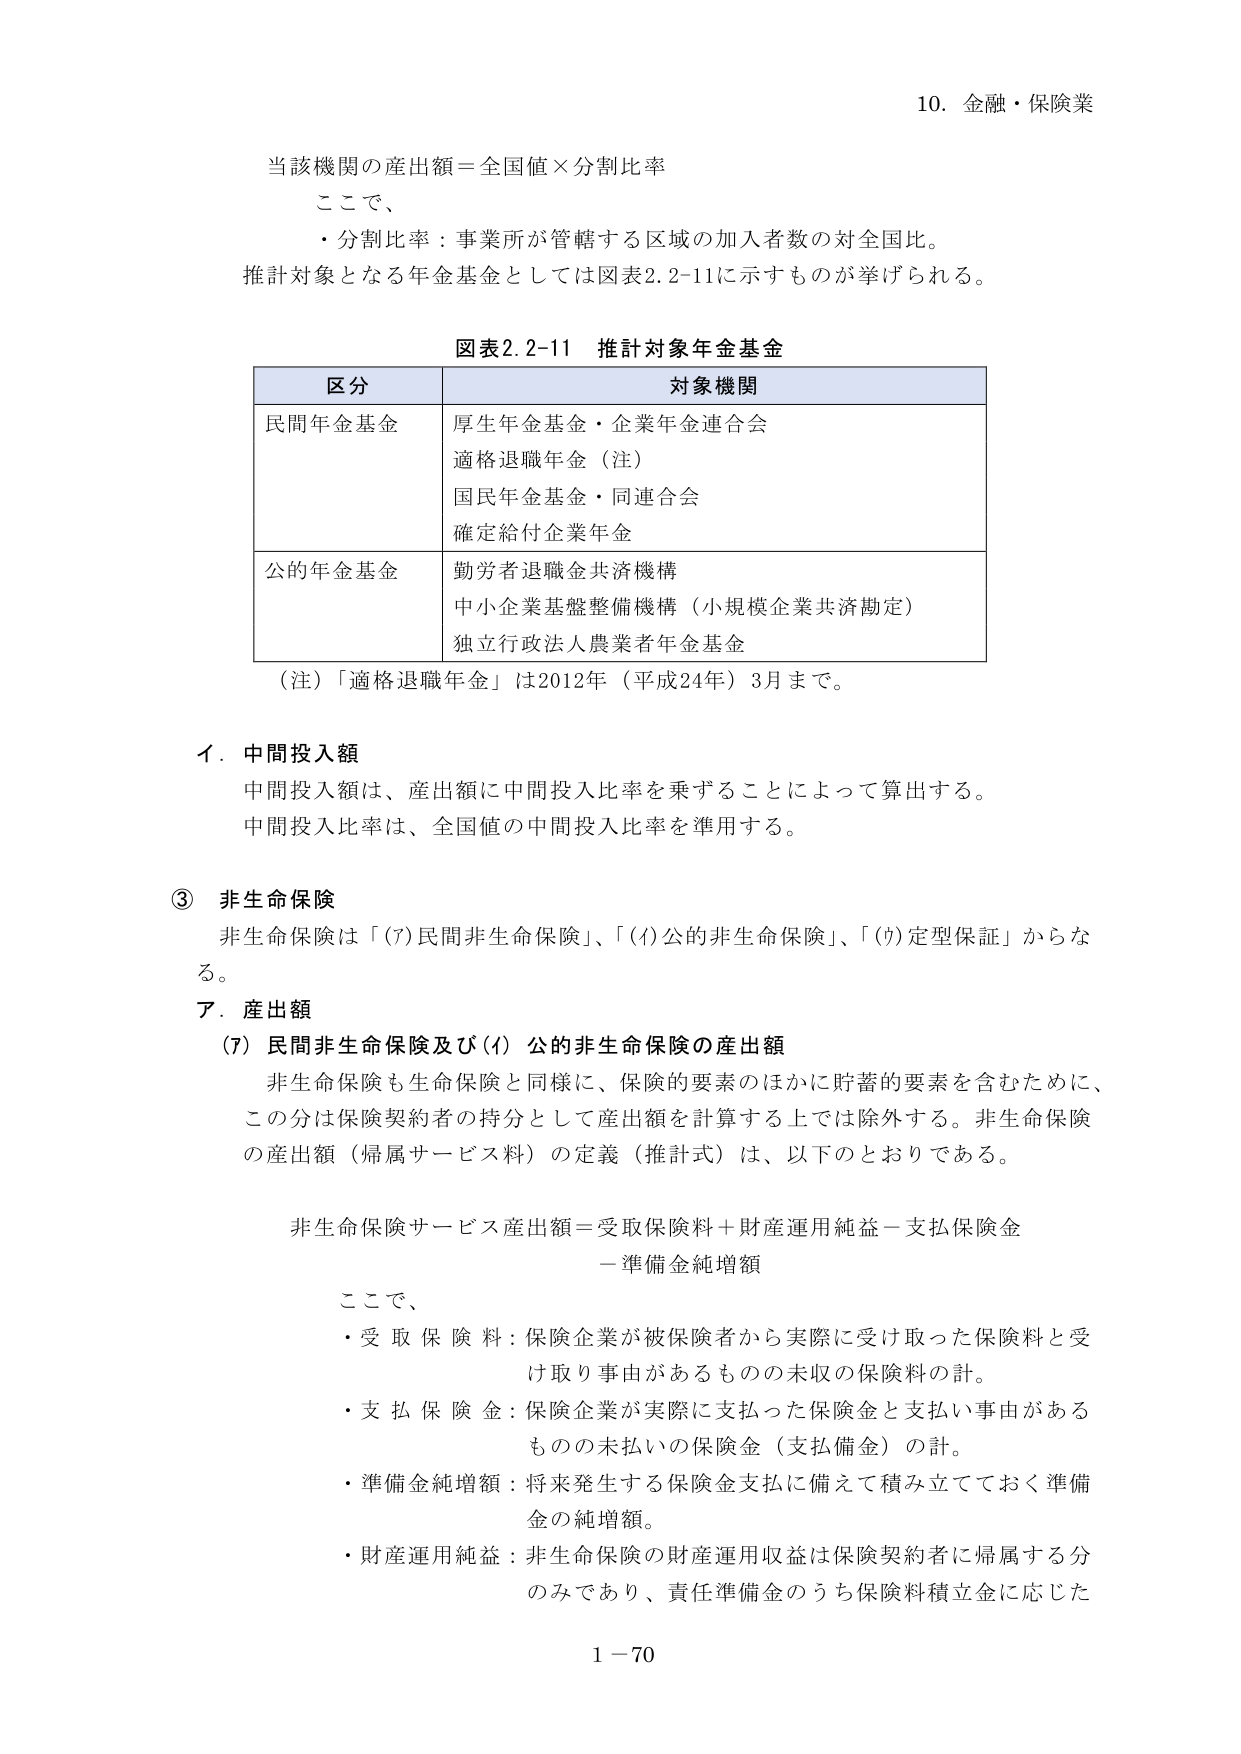
10. 金融・保険業

当該機関の産出額＝全国値×分割比率

ここで、
・分割比率：事業所が管轄する区域の加入者数の対全国比。
推計対象となる年金基金としては図表2.2-11に示すものが挙げられる。

図表2.2-11 推計対象年金基金

| 区分 | 対象機関 |
|------|----------|
| 民間年金基金 | 厚生年金基金・企業年金連合会<br>適格退職年金（注）<br>国民年金基金・同連合会<br>確定給付企業年金 |
| 公的年金基金 | 勤労者退職金共済機構<br>中小企業基盤整備機構（小規模企業共済勘定）<br>独立行政法人農業者年金基金 |

（注）「適格退職年金」は2012年（平成24年）3月まで。

イ．中間投入額
中間投入額は、産出額に中間投入比率を乗ずることによって算出する。
中間投入比率は、全国値の中間投入比率を準用する。

③ 非生命保険
非生命保険は「(7)民間非生命保険」、「(ｲ)公的非生命保険」、「(ｳ)定型保証」からなる。

ア．産出額
(7) 民間非生命保険及び(ｲ) 公的非生命保険の産出額
非生命保険も生命保険と同様に、保険の要素のほかに貯蓄の要素を含むために、この分は保険契約者の持分として産出額を計算する上では除外する。非生命保険の産出額（帰属サービス料）の定義（推計式）は、以下のとおりである。

非生命保険サービス産出額＝受取保険料＋財産運用純益－支払保険金－準備金純増額

ここで、
・受取保険料：保険企業が被保険者から実際に受け取った保険料と受け取り事由があるものの未収の保険料の計。
・支払保険金：保険企業が実際に支払った保険金と支払い事由があるものの未払いの保険金（支払備金）の計。
・準備金純増額：将来発生する保険金支払に備えて積み立てておく準備金の純増額。
・財産運用純益：非生命保険の財産運用収益は保険契約者に帰属する分のみであり、責任準備金のうち保険料積立金に応じた

1－70